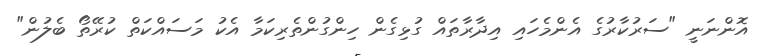
އޮންނަނީ "ސަރުކާރުގެ އެންމެހައި އިދާރާތައް ގުޅިގެން ހިންގުންތެރިކަމާ އެކު މަސައްކަތް ކުރޭތޯ ބެލުން"